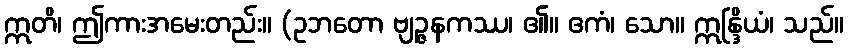
ဣတိ၊ ဤကားအမေးတည်း။ (ဥဘတော ဗျဉ္ဇနကဿ၊ ၏။ ဧကံ၊ သော။ ဣန္ဒြိယံ၊ သည်။